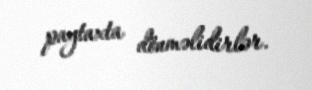
paytaxta dönməlidirlər.